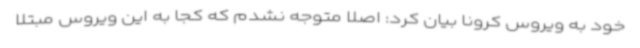
خود به ویروس کرونا بیان کرد: اصلا متوجه نشدم که کجا به این ویروس مبتلا